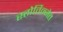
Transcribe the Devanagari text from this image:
स्तोर्तिन्जेत